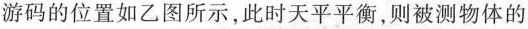
游码的位置如乙图所示，此时天平平衡，则被测物体的